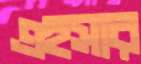
এহসার